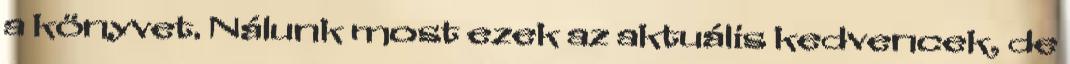
a könyvet. Nálunk most ezek az aktuális kedvencek, de